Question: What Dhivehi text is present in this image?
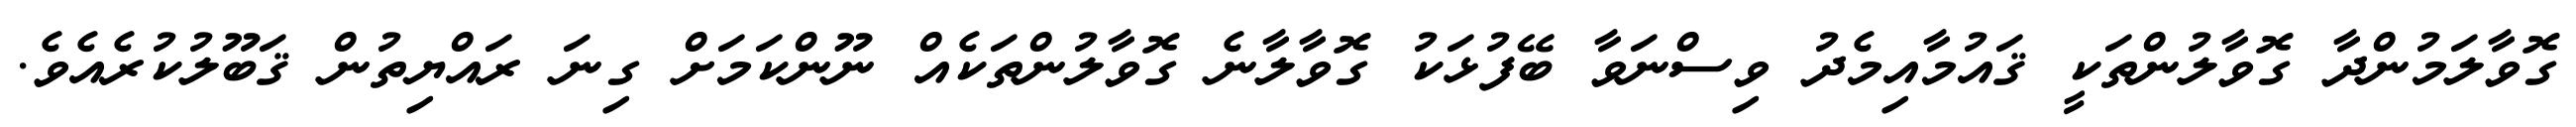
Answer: ގޮވާލަމުންދާ ގޮވާލުންތަކީ ޤައުމާއިމެދު ވިސްނަވާ ބޭފުޅަކު ގޮވާލާނެ ގޮވާލުންތަކެއް ނޫންކަމަށް ގިނަ ރައްޔިތުން ޤަބޫލުކުރެއެވެ.